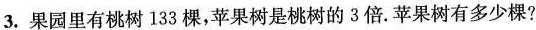
3.果园里有桃树133棵，苹果树是桃树的3倍。苹果树有多少棵?